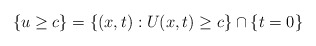
\begin{align*} \{u\ge c\}=\{(x,t):U(x,t)\ge c\}\cap\{t=0\}\end{align*}